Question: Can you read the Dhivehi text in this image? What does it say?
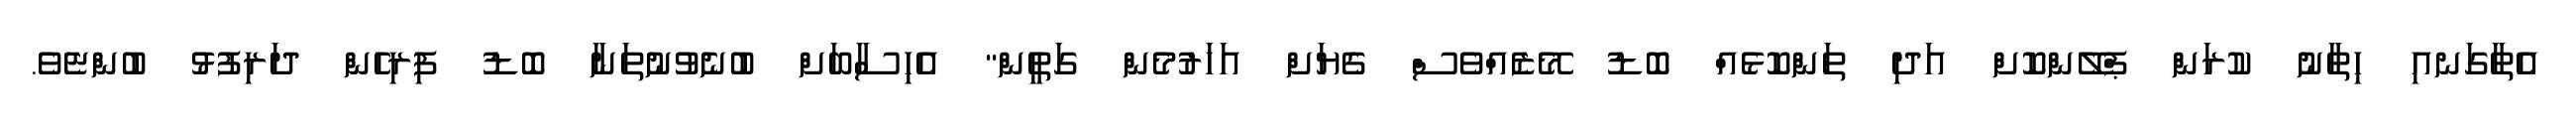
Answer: އެތާގަނއި ހިތާނު ކުރަން ޕްލޭންކޮށް އަދި ތަންކޮޅެއް ބޮޑު މޭޒެއްވެސް ގެޔަށް އަހަރުމެން ގަތީން" އެހިސާބަށް ބުނެވުނުތަނާ ބޮޑު ފިރިހެން ދަރިފުޅު ބުންޏެވެ.